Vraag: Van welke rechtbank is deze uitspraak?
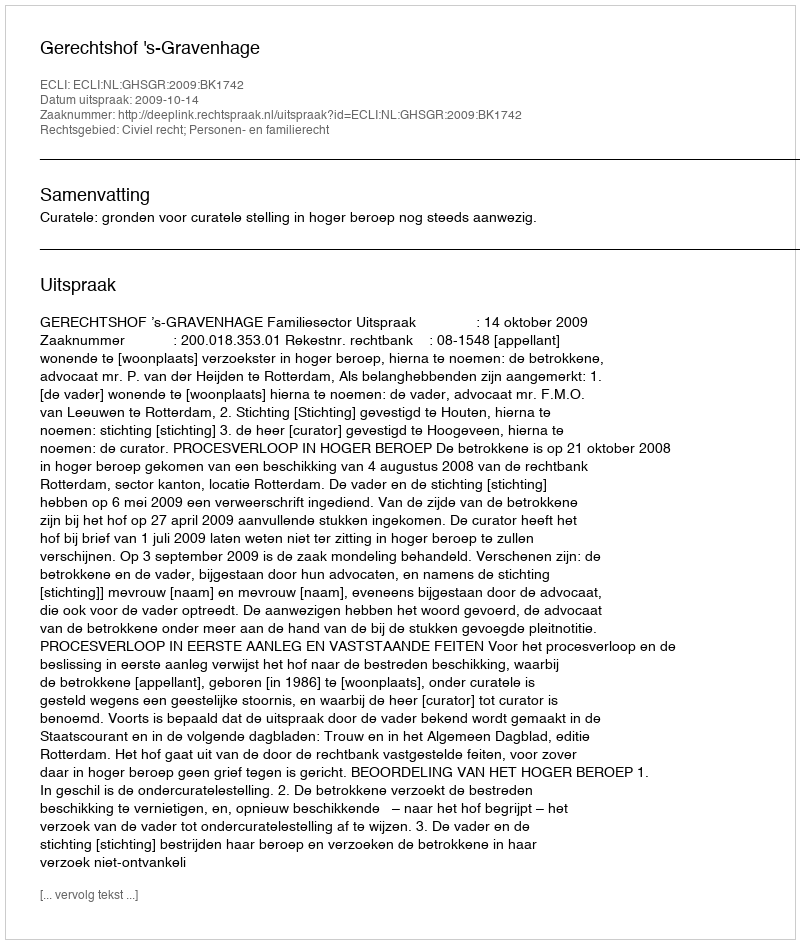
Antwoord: Gerechtshof 's-Gravenhage